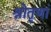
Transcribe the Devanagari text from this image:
श्रोतृणां